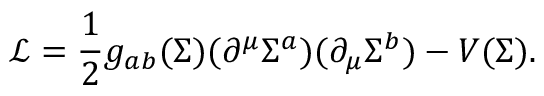
{ \mathcal { L } } = { \frac { 1 } { 2 } } g _ { a b } ( \Sigma ) ( \partial ^ { \mu } \Sigma ^ { a } ) ( \partial _ { \mu } \Sigma ^ { b } ) - V ( \Sigma ) .